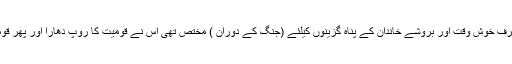
داریل تانگیر کی وہ روایت جو صرف خوش وقت اور بروشے خاندان کے پناہ گزینوں کیلئے (جنگ کے دوران ) مختص تھی اس نے قومیت کا روپ دھارا اور پھر قومیت سے انفرادی شکل اختیار کی۔